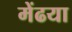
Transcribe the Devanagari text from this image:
मेंढया